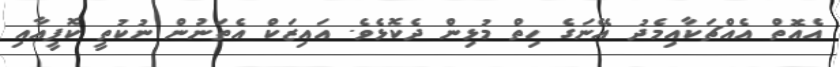
އެއޮތް އެއްޗަކާއިމެދު އޭނަގެ ހިތް މުޅިން ދެކޮޅެވެ. އައިޒަކް އެތަނުން ނުކުތީ ކޮފީއާއި